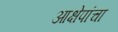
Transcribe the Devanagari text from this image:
आक्षेपांचा